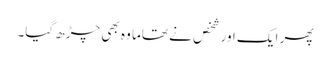
پھر ایک اور شخص نے تھاما وہ بھی چڑھ گیا۔